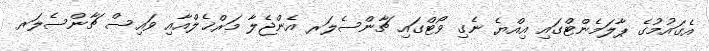
އެގައުމުގެ ޕާލަމެންޓްގައި އިއްޔެ ނެގި ވޯޓްގައި ޗާންސެލަރ އެންޖެލާ މަރްޚެލްއާއި ވައިސް ޗާންސެލަރ